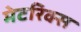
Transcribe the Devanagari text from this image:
मेटरिक्स